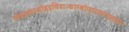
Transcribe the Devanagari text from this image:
पौण्ड्रकाश्चोंड्रद्रविडाःकाम्बोजायवनाशकाः